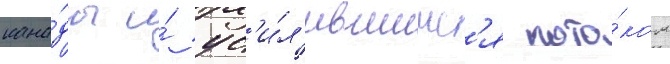
кана́ды и́ ус'и́л'ившимс'я пото́ком